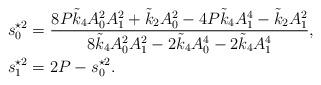
LaTeX: \begin{align*}s_0^{\star 2}&=\frac{8P\tilde{k}_4A_0^2A_1^2+\tilde{k}_2A_0^2-4P\tilde{k}_4 A_1^4-\tilde{k}_2A_1^2}{8\tilde{k}_4A_0^2A_1^2-2\tilde{k}_4A_0^4-2\tilde{k}_4A_1^4},\\s_1^{\star 2}&=2P-s_0^{\star 2}.\end{align*}